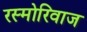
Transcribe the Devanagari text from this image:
रस्मोरिवाज